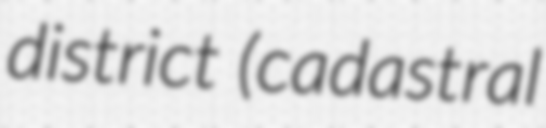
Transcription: district (cadastral